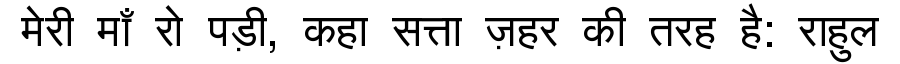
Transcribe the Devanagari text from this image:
मेरी माँ रो पड़ी, कहा सत्ता ज़हर की तरह है: राहुल